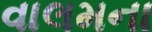
વાલમના